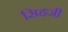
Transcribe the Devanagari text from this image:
सिहजी